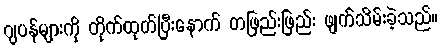
ဂျပန်များကို တိုက်ထုတ်ပြီးနောက် တဖြည်းဖြည်း ဖျက်သိမ်းခဲ့သည်။